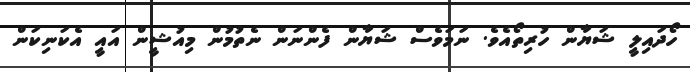
ހޯދައިލީ ޝަޔާން ހުރިތޯއެވެ. ނަމަވެސް ޝަޔާން ފެންނަން ނެތުމުން މިއުޝީން އައީ އެކަނިކަން